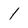
Character: 1